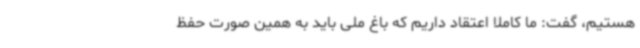
هستیم، گفت: ما کاملا اعتقاد داریم که باغ ملی باید به همین صورت حفظ